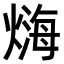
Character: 𤍃